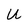
Character: U